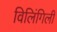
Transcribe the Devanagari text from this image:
विलिंगिली